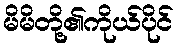
မိမိတို့၏ကိုယ်ပိုင်